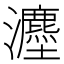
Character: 𪸇